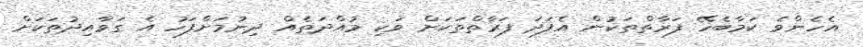
އެހެންވެ ކަމާބެހޭ ފަރާތްތަކުން އެފަދަ ފަރާތްތަކަށް ވަކި މުއްދަތެއް ދިނުމަށްފަހު އެ ގަވާއިދުތަކަށް